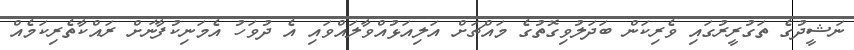
ނަޝީދުގެ ތަގުރީރުގައި ވެރިކަން ބަދަލުވިގޮތުގެ މައްޗަށް އަލިއަޅުއްވާލައްވައި އެ ދުވަހު އެމަނިކުފާނަށް ރައްކާތެރިކަމެއް